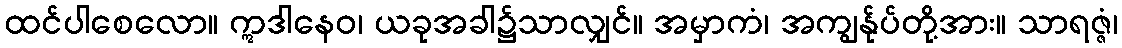
ထင်ပါစေလော။ ဣဒါနေဝ၊ ယခုအခါ၌သာလျှင်။ အမှာကံ၊ အကျွန်ုပ်တို့အား။ သာရဇ္ဇံ၊